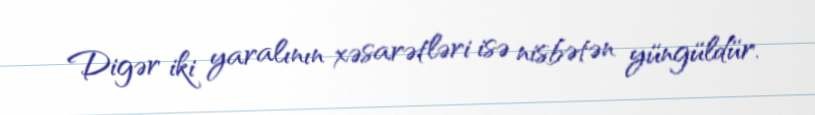
Digər iki yaralının xəsarətləri isə nisbətən yüngüldür.